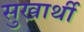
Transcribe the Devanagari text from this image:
सुखार्थी